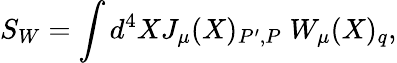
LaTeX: S_{W}=\int d^{4}XJ_{\mu}(X)_{P^{\prime},P}\; W_{\mu}(X)_{q},